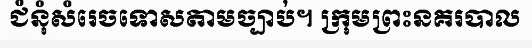
ជំនុំសំរេចទោសតាមច្បាប់។ ក្រុមព្រះនគរបាល